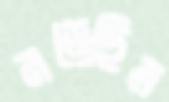
নড়েছিল